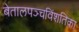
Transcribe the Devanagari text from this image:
बेतालपञ्चविंशतिका